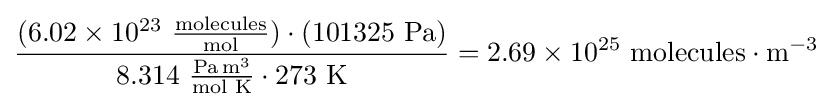
{\frac {(6.02\times 10^{23}~{\frac {\text{molecules}}{\text{mol}}})\cdot (101325~{\text{Pa}})}{8.314~{\frac {{\text{Pa}}\,{\text{m}}^{3}}{\text{mol K}}}\cdot 273~{\text{K}}}}=2.69\times 10^{25}~{\text{molecules}}\cdot {\text{m}}^{-3}